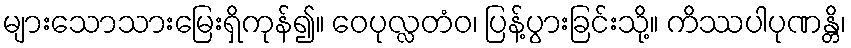
များသောသားမြေးရှိကုန်၍။ ဝေပုလ္လတံဝ၊ ပြန့်ပွားခြင်းသို့။ ကိဿပါပုဏန္တိ၊